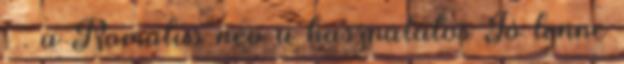
. . a Romulus név a használatos Jó lenne